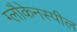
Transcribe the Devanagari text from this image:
ग्लौकेनस्पील